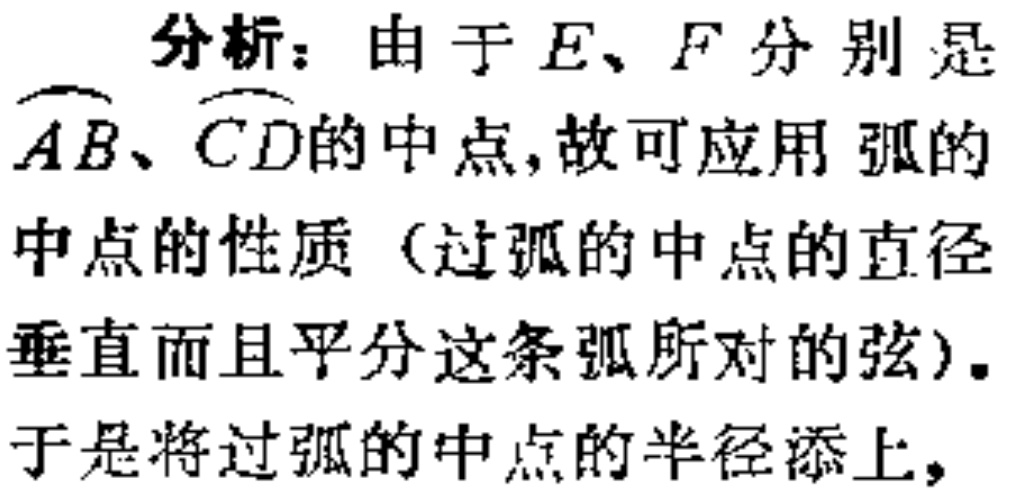
分析：由于\(E、F\)分别是\(\overset{\frown}{AB}\)、\(\overset{\frown}{CD}\)的中点,故可应用弧的中点的性质（过弧的中点的直径垂直而且平分这条弧所对的弦）。于是将过弧的中点的半径添上，